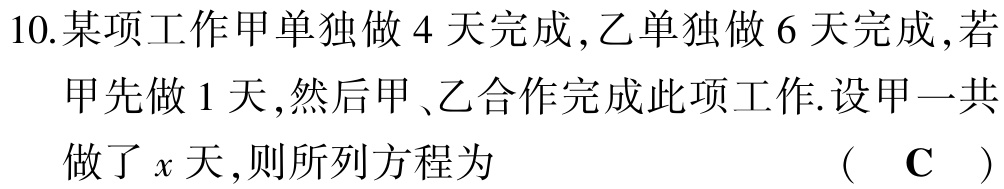
10.某项工作甲单独做 4 天完成,乙单独做 6 天完成,若
甲先做 1 天,然后甲、乙合作完成此项工作.设甲一共
做了\(x\)天,则所列方程为  ( \(\mathbf{C}\) )